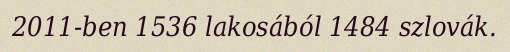
2011-ben 1536 lakosából 1484 szlovák.